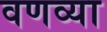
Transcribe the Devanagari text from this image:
वणव्या